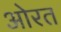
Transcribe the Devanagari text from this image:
ओरत